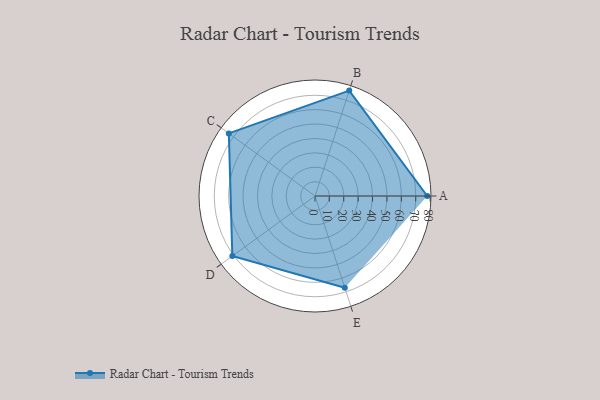
{"axis": {"x": "Skill", "y": "Score"}, "legend": ["Profile"], "data": [{"x": "A", "y": 78.0, "type": "Profile"}, {"x": "B", "y": 77.0, "type": "Profile"}, {"x": "C", "y": 74.0, "type": "Profile"}, {"x": "D", "y": 71.0, "type": "Profile"}, {"x": "E", "y": 67.0, "type": "Profile"}]}